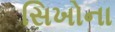
સિખોના